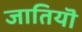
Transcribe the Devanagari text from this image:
जातियॊ